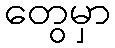
တွေမှာ